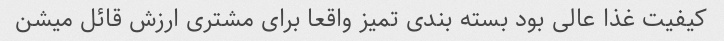
کیفیت غذا عالی بود بسته بندی تمیز واقعا برای مشتری ارزش قائل میشن